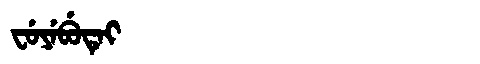
Manchu: ᠸᡠᠶᡝᠪᡠᡨᡝᡳ
Romanization: FUYEBUTEI